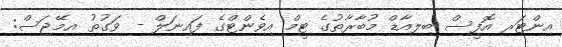
އިންޓަރ އޮފީސް ބިލިއާޑް މުބާރާތުގެ ޓީމް އިވެންޓްގެ ފައިނަލް - ވަގުތު އިމޭޖަސް: